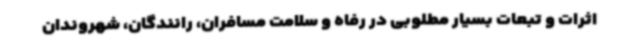
اثرات و تبعات بسیار مطلوبی در رفاه و سلامت مسافران، رانندگان، شهروندان